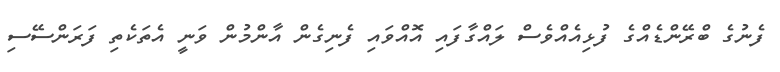
ފެނުގެ ބްރޭންޑެއްގެ ފުޅިއެއްވެސް ލައްގާފައި އޮއްވައި ފެނިގެން އާންމުން ވަނީ އެތަކެތި ފަރަންސޭސި